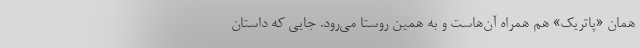
همان «پاتریک» هم همراه آن‌هاست و به همین روستا می‌رود. جایی که داستان